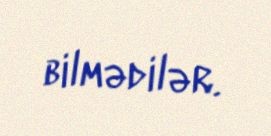
bilmədilər.